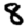
Digit: 8